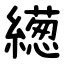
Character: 繱